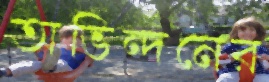
অভিন্দনের